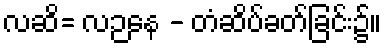
လဆိ= လဉနေ - တံဆိပ်ခတ်ခြင်း၌။